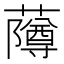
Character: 𬟌